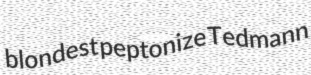
blondest peptonize Tedmann